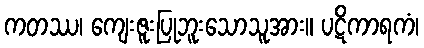
ကတဿ၊ ကျေးဇူးပြုဘူးသောသူအား။ ပဋိကာရကံ၊